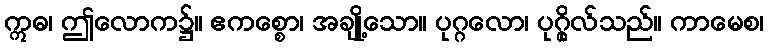
ဣဓ၊ ဤလောက၌။ ဧကစ္စော၊ အချို့သော။ ပုဂ္ဂလော၊ ပုဂ္ဂိုလ်သည်။ ကာမေစ၊